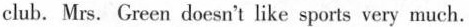
_club. Mrs. Green doesn't like sports very much.